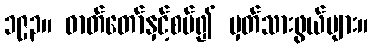
၁၉၃။ ဓာတ်တော်နှင့်စပ်၍ မှတ်သားဖွယ်များ။